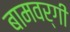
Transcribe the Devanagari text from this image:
बामवर्गी